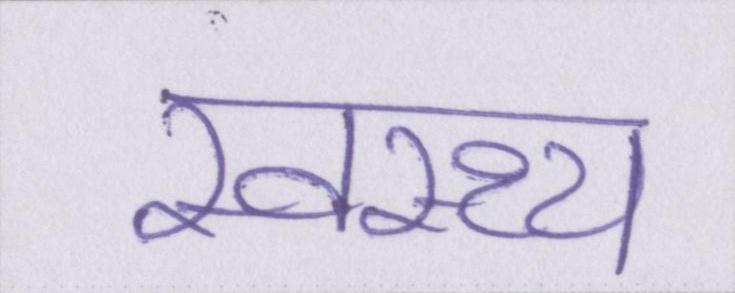
स्वस्थ्य